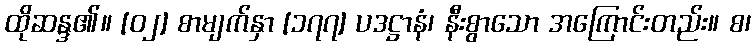
ထိုဆန္ဒ၏။ [၀၂] စာမျက်နှာ [၁၇၇] ပဒဋ္ဌာနံ၊ နီးစွာသော အကြောင်းတည်း။ စ၊